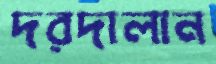
দরদালান